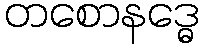
တစောနဒ္ဓေ